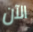
الآن